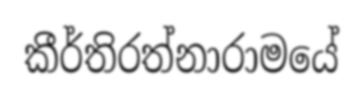
කීර්තිරත්නාරාමයේ